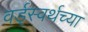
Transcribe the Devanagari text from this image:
वर्ड्‌स्वर्थच्या